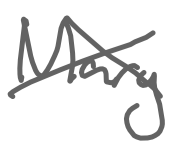
Text: Mary
Cross-out: cross
Writing tool: digital_gray